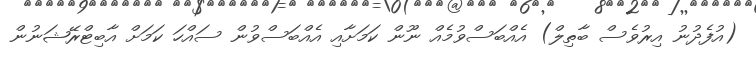
(އުފެދުނު އިރުވެސް ބާތިލް) އެއްބަސްވުމެއް ނޫން ކަމަށާއި އެއްބަސްވުން ސައްހަ ކަމަށް އާބިޓްރޭޝަނުން